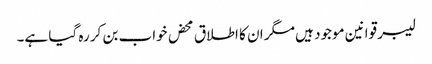
لیبر قوانین موجود ہیں مگر ان کا اطلاق محض خواب بن کر رہ گیا ہے۔